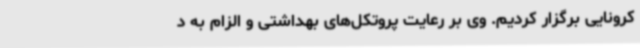
کرونایی برگزار کردیم. وی بر رعایت پروتکل‌های بهداشتی و الزام به د